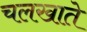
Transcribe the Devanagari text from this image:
चलखाते